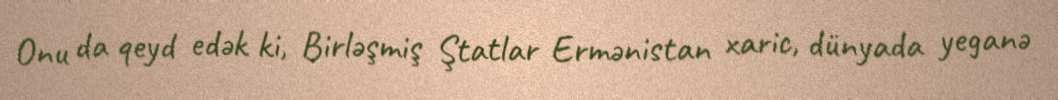
Onu da qeyd edək ki, Birləşmiş Ştatlar Ermənistan xaric, dünyada yeganə